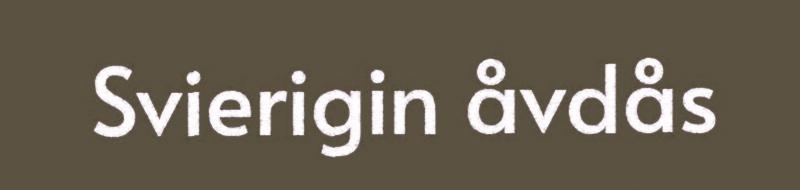
Svierigin åvdås